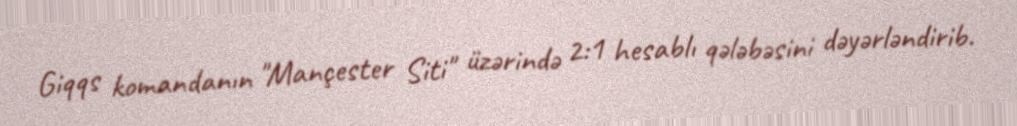
Giqqs komandanın "Mançester Siti" üzərində 2:1 hesablı qələbəsini dəyərləndirib.